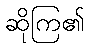
ဆိုကြ၏